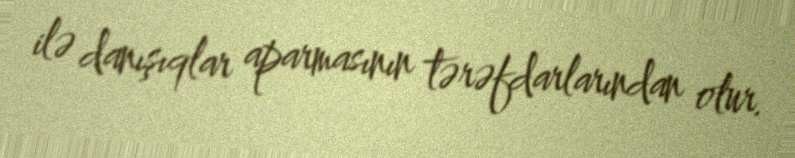
ilə danışıqlar aparmasının tərəfdarlarından olur.